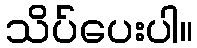
သိပ်ပေးပါ။